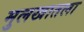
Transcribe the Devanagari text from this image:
मुलखातला